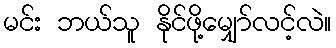
မင်း ဘယ်သူ နိုင်ဖို့မျှော်လင့်လဲ။